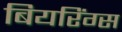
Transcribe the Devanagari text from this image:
बियरिंग्स